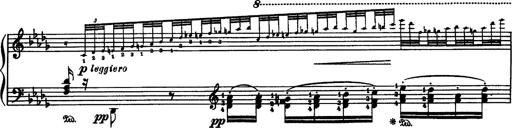
Title: Paraphrase de concert sur Rigoletto
Composer: Franz Liszt